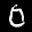
Label: 0